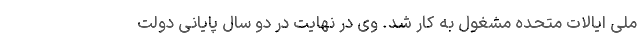
ملی ایالات متحده مشغول به کار شد. وی در نهایت در دو سال پایانی دولت